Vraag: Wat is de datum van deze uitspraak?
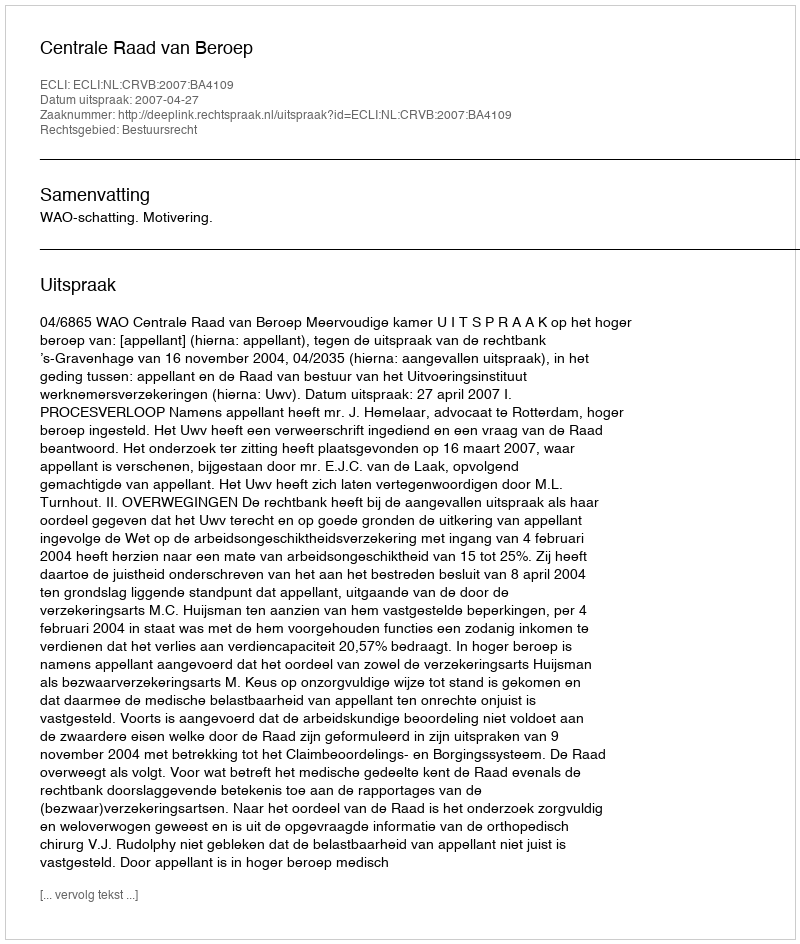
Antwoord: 2007-04-27